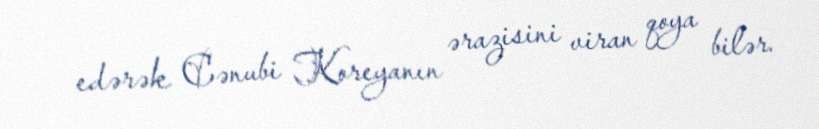
edərək Cənubi Koreyanın ərazisini viran qoya bilər.